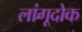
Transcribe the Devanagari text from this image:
लांगूदोक